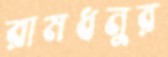
রামধনুর